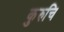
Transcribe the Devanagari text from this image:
कुरुचि